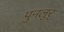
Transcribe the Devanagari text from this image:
पुनलूर्